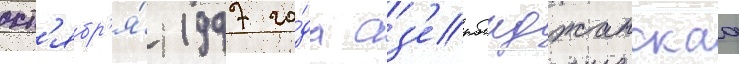
окт'ябр'я́ 1997 го́да аз'ербаиджанскаа